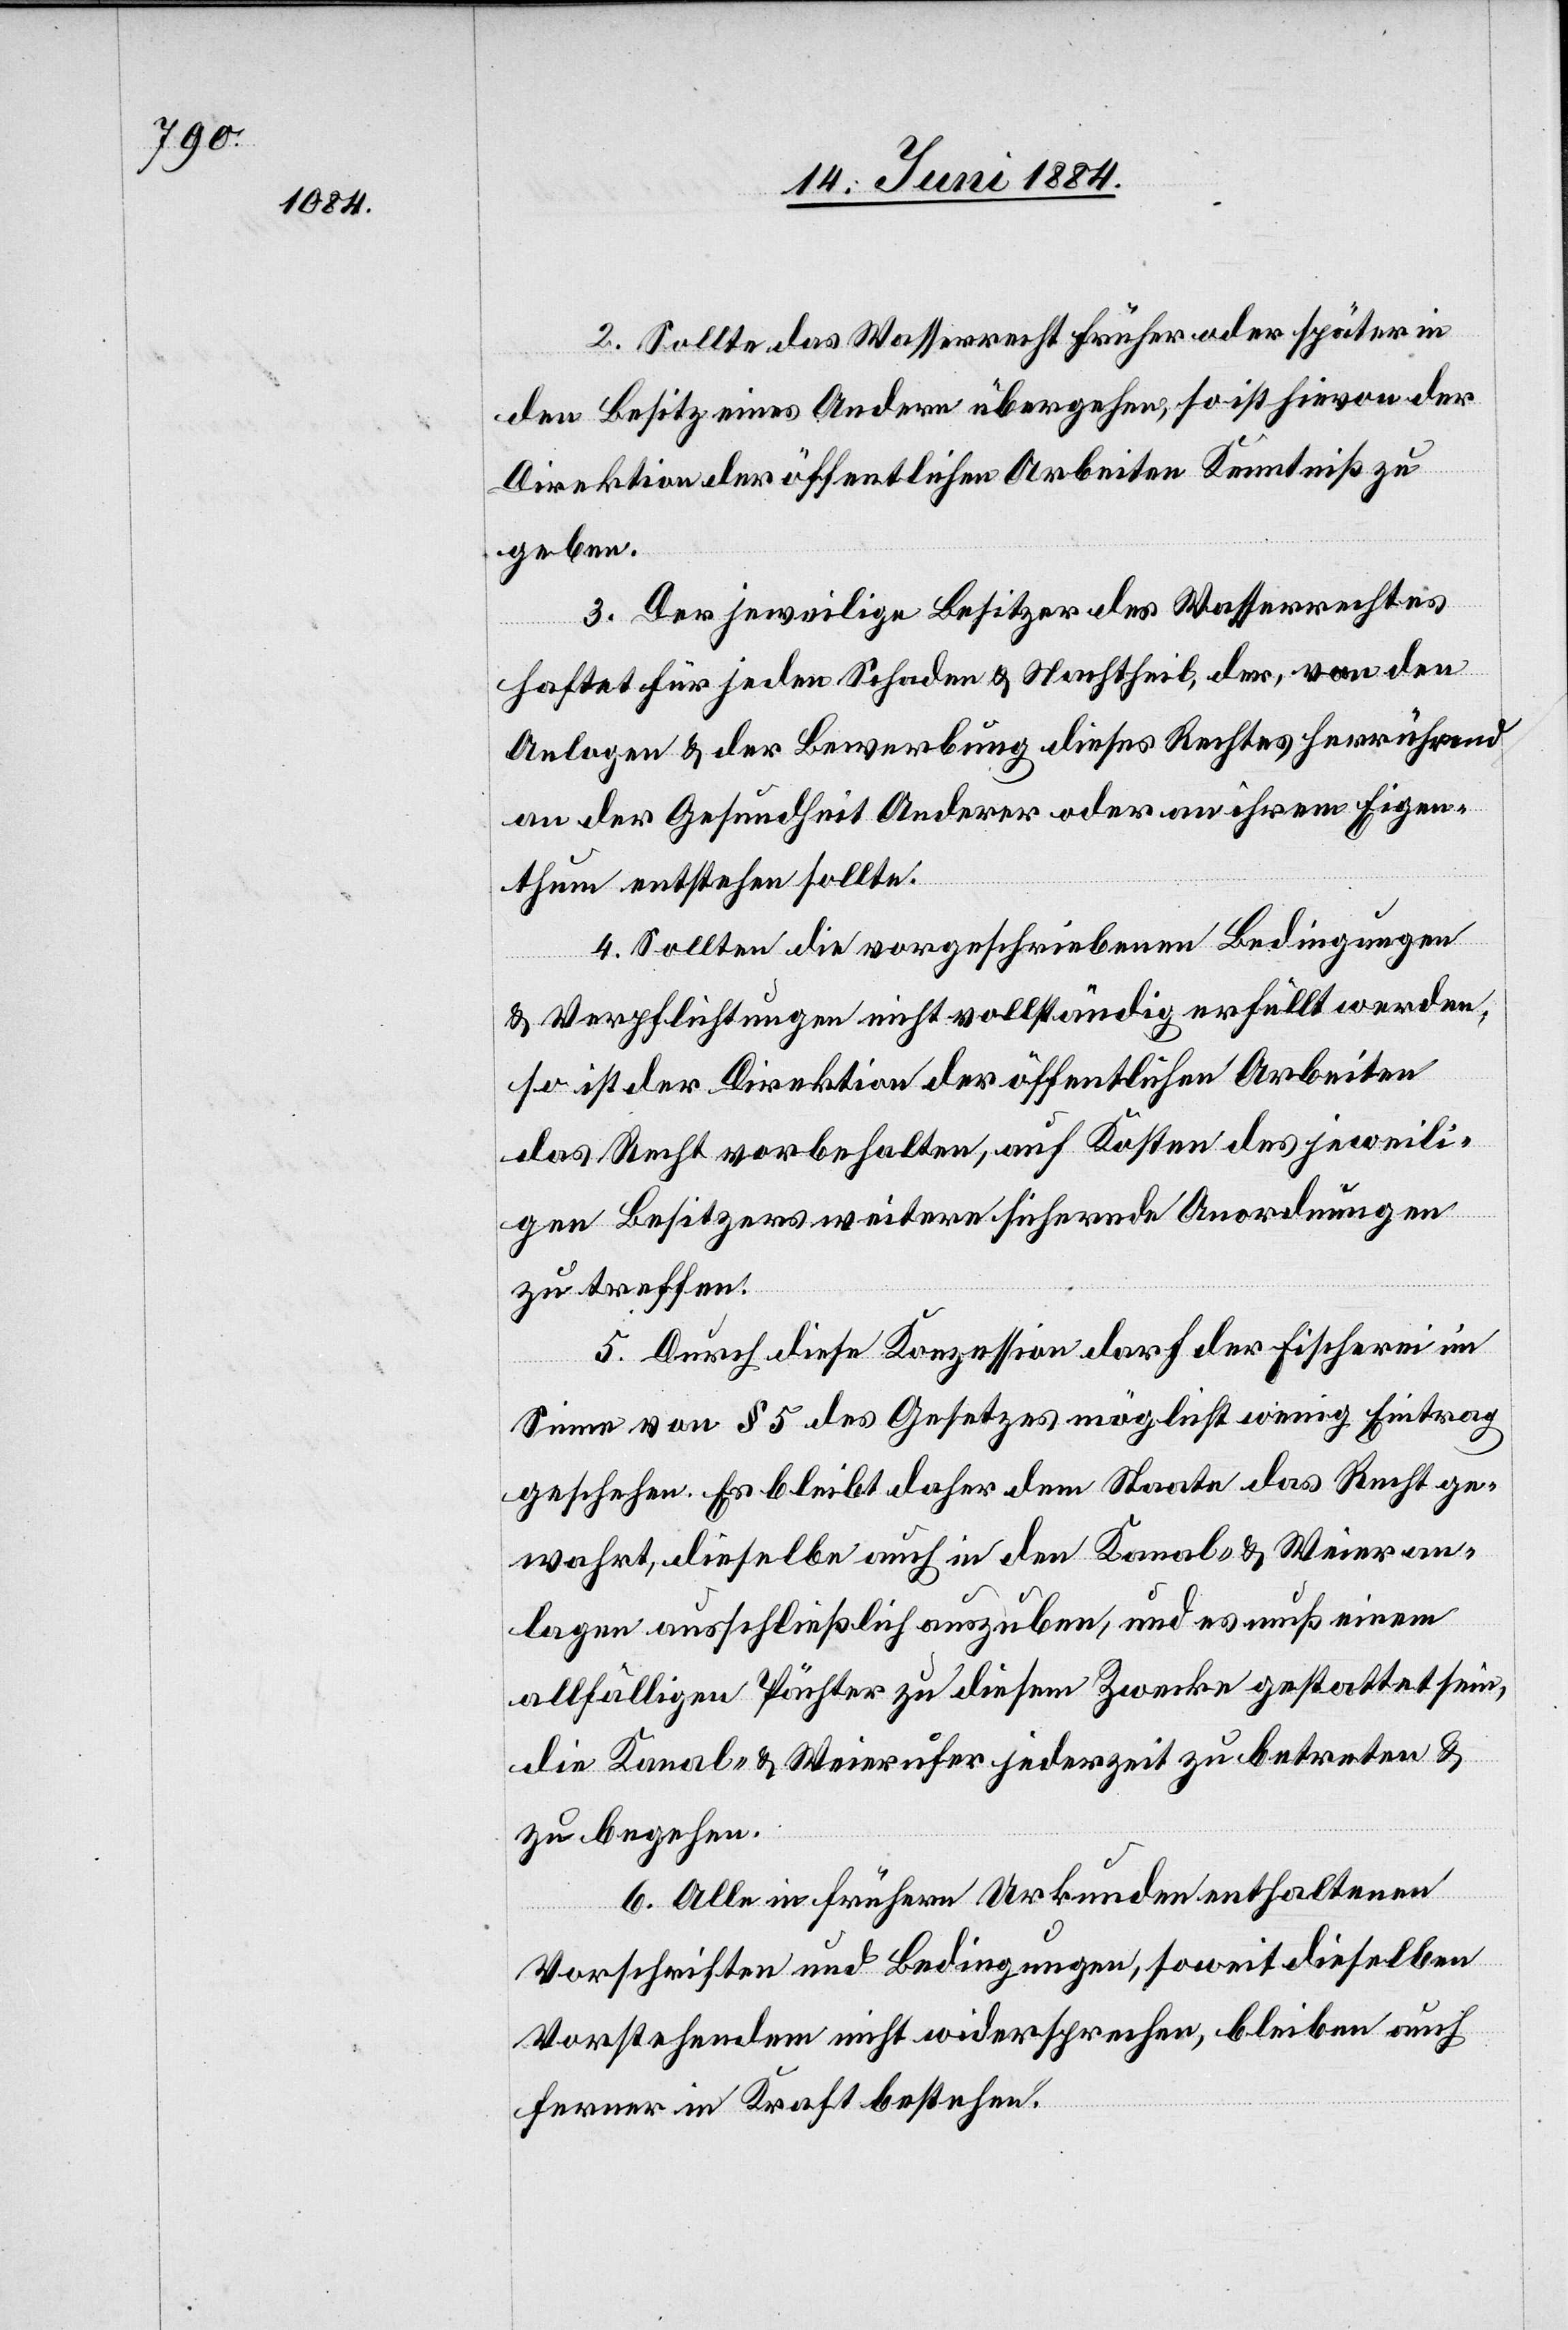
2. Sollte das Wasserrecht früher oder später in
den Besitz eines Andern übergehen, so ist hievon der
Direktion der öffentlichen Arbeiten Kenntniß zu
geben.
3. Der jeweilige Besitzer des Wasserrechtes
haftet für jeden Schaden & Nachtheil, der, von den
Anlagen & der Bewerbung dieses Rechtes herrührend
an der Gesundheit Anderer oder an ihrem Eigen¬
thum entstehen sollte.
4. Sollten die vorgeschriebenen Bedingungen
& Verpflichtungen nicht vollständig erfüllt werden,
so ist der Direktion der öffentlichen Arbeiten
das Recht vorbehalten, auf Kosten des jeweili¬
gen Besitzers weitere sichernde Anordnungen
zu treffen.
5. Durch diese Konzession darf der Fischerei im
Sinne von § 5 des Gesetzes möglichst wenig Eintrag
geschehen. Es bleibt daher dem Staate das Recht ge¬
wahrt, dieselbe auch in den Kanal- & Weieran¬
lagen ausschließlich auszuüben, und es muß einem
allfälligen Pächter zu diesem Zwecke gestattet sein,
die Kanal- & Weierufer jederzeit zu betreten &
zu begehen.
6. Alle in frühern Urkunden enthaltenen
Vorschriften und Bedingungen, soweit dieselben
Vorstehendem nicht widersprechen, bleiben auch
ferner in Kraft bestehen.